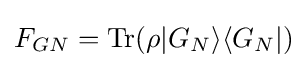
F_{GN}={\rm {Tr}}(\rho |G_{N}\rangle \langle G_{N}|)